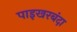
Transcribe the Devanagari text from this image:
पाइखरबंदा